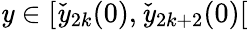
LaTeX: \mathit{y}\in[\check{{\mathit{y}}}_{2k}(0),\check{{\mathit{y}}}_{2k+2}(0)[